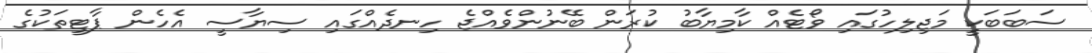
ސަބަބަކީ މަޖިލިހުގައި ވޯޓެއް ކާމިޔާބު ކުރަން ބޭނުންވެއްޖެ ހިނދެއްގައި ސިޔާސީ އެހެން ޕާޓީތަކުގެ